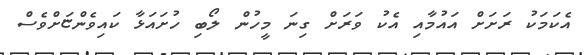
އެކަމަކު ރަށަށް އައުމާއި އެކު ވަރަށް ގިނަ މީހުން ލޯބި ހުށައަޅާ ކައިވެންޏަށްވެސް